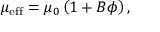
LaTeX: \mu _ { \mathrm { e f f } } = \mu _ { 0 } \left( 1 + B \phi \right) ,